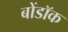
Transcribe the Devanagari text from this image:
बोंडॉक